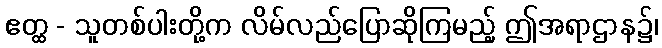
ဧတ္ထ - သူတစ်ပါးတို့က လိမ်လည်ပြောဆိုကြမည့် ဤအရာဌာန၌၊